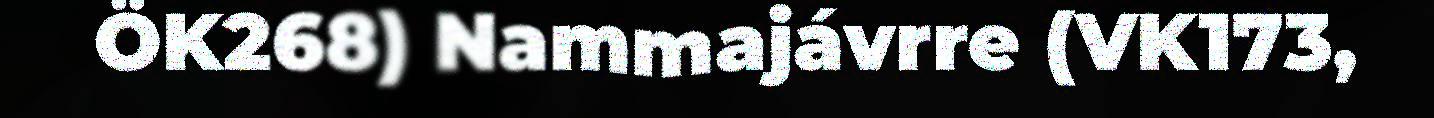
ÖK268) Nammajávrre (VK173,